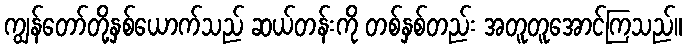
ကျွန်တော်တို့နှစ်ယောက်သည် ဆယ်တန်းကို တစ်နှစ်တည်း အတူတူအောင်ကြသည်။